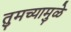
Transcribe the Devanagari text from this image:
तुमच्यामुळे